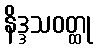
နိဒ္ဒသဝတ္ထု